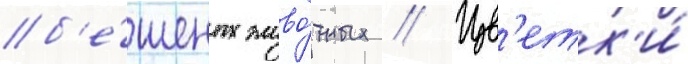
б'е́шеных живо́тных // Цв'етк'и́